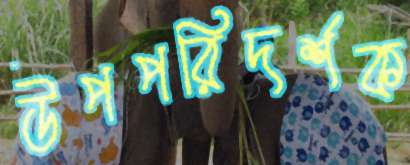
উপপরিদর্শক